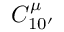
C _ { 1 0 ^ { \prime } } ^ { \mu }